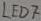
Text: LED7